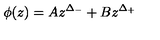
\phi ( z ) = A z ^ { \Delta _ { - } } + B z ^ { \Delta _ { + } }